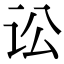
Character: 讼